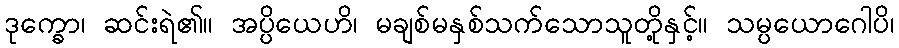
ဒုက္ခော၊ ဆင်းရဲ၏။ အပ္ပိယေဟိ၊ မချစ်မနှစ်သက်သောသူတို့နှင့်။ သမ္ပယောဂေါပိ၊